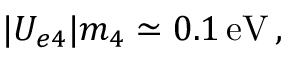
| U _ { e 4 } | m _ { 4 } \simeq 0 . 1 \, \mathrm { e V } \, ,